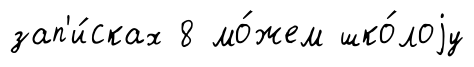
зап'и́сках 8 мо́жем шко́лоjу